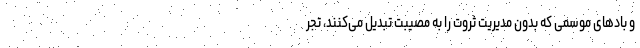
و بادهای موسمی که بدون مدیریت ثروت را به مصیبت تبدیل می‌کنند، تجر